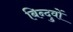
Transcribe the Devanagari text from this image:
बिन्दुवों